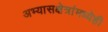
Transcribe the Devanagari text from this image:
अभ्यासक्षेत्रांमध्येही